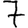
Digit: 7